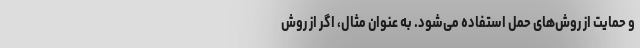
و حمایت از روش‌های حمل‌ استفاده می‌شود. به عنوان مثال، اگر از روش